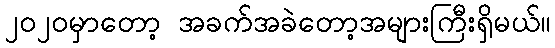
၂၀၂၀မှာတော့ အခက်အခဲတော့အများကြီးရှိမယ်။